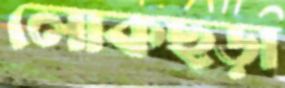
লোকছড়া